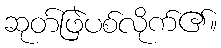
ဆုတ်ဖြဲပစ်လိုက်၏။